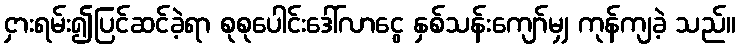
ငှားရမ်း၍ပြင်ဆင်ခဲ့ရာ စုစုပေါင်းဒေါ်လာငွေ နှစ်သန်းကျော်မျှ ကုန်ကျခဲ့ သည်။